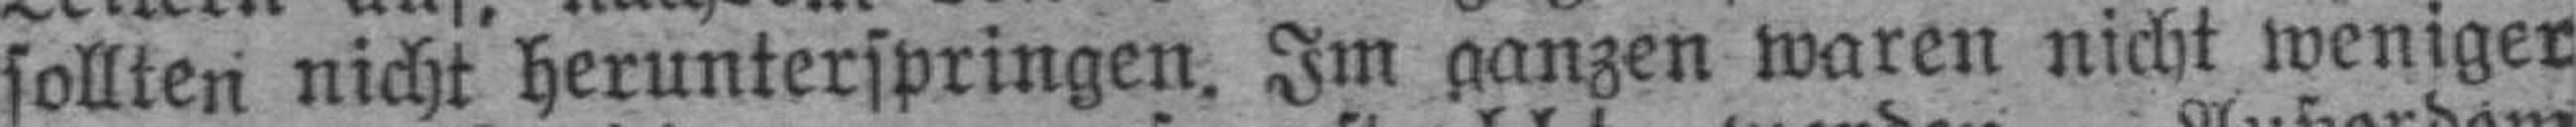
sollten nicht herunterspringen. Im ganzen waren nicht weniger